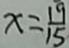
x = \frac { 1 9 } { 1 5 }